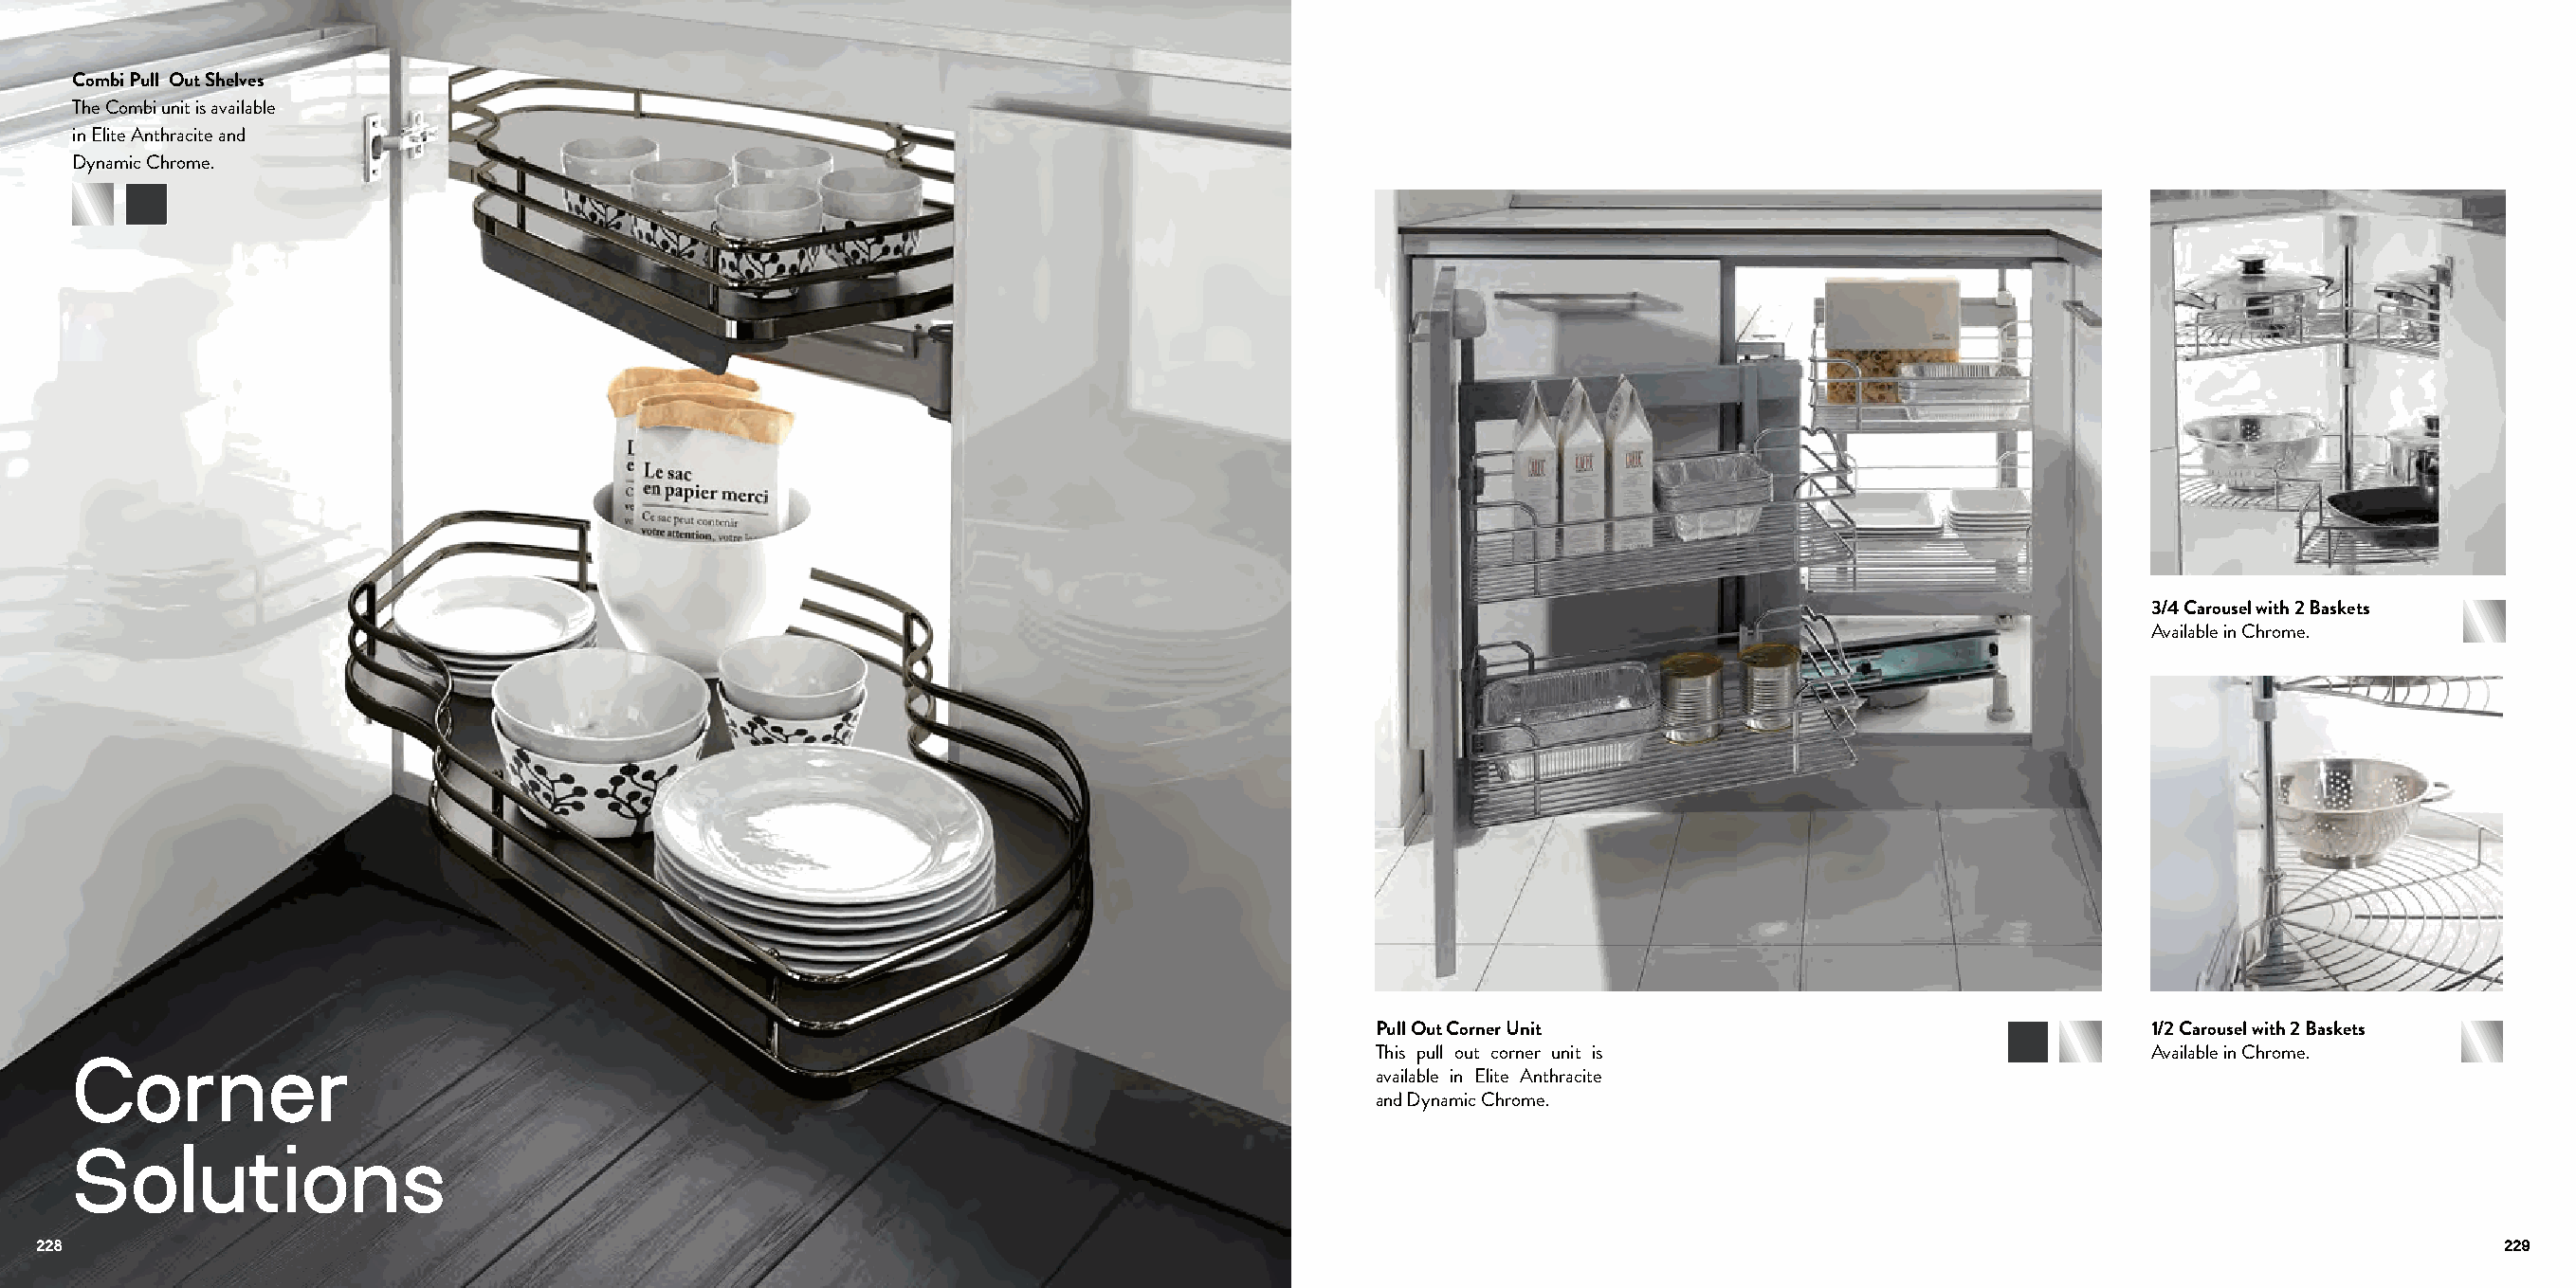
Combi Pull Out Shelves
 The Combi unit is available
 in Elite Anthracite and
 Dynamic Chrome.
 3/4 Carousel with 2 Baskets
 Available in Chrome.
 Pull Out Corner Unit                                  1/2 Carousel with 2 Baskets
 This pull out corner unit is                          Available in Chrome.
 Corner
 available in Elite Anthracite
 and Dynamic Chrome.
 Solutions
 228                                                                                                                                                                         229